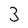
Character: 3